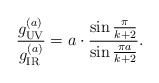
\begin{align*}{g_{\tiny\rm UV}^{(a)}\over{g_{\tiny\rm IR}^{(a)}}}=a\cdot {\sin{\pi\over{k+2}}\over{\sin{\pi a\over{k+2}}}}.\end{align*}